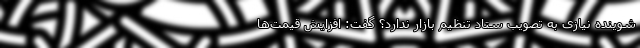
شوینده نیازی به تصویب ستاد تنظیم بازار ندارد؟ گفت: افزایش قیمت‌ها